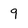
Character: 9